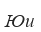
Юи